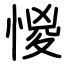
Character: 惾